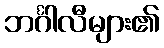
ဘင်္ဂါလီများ၏